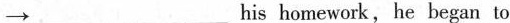
\rightarrow ___ ___ his homework,he began to